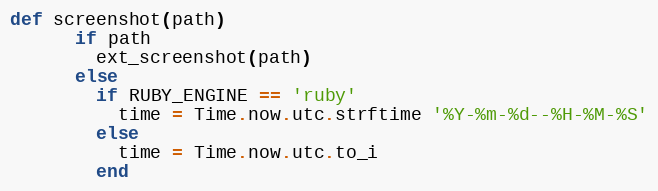
Language: Ruby
def screenshot(path)
      if path
        ext_screenshot(path)
      else
        if RUBY_ENGINE == 'ruby'
          time = Time.now.utc.strftime '%Y-%m-%d--%H-%M-%S'
        else
          time = Time.now.utc.to_i
        end